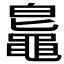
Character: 𪓨